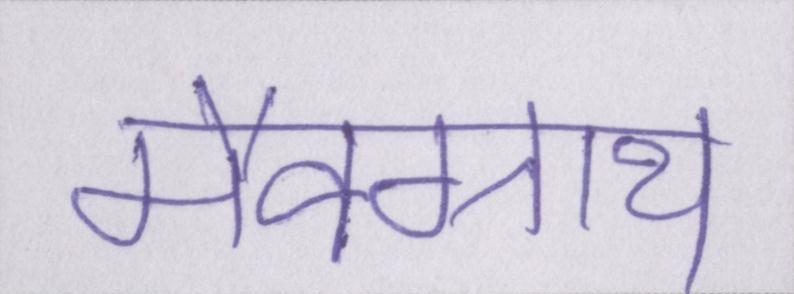
मैक्ग्राथ